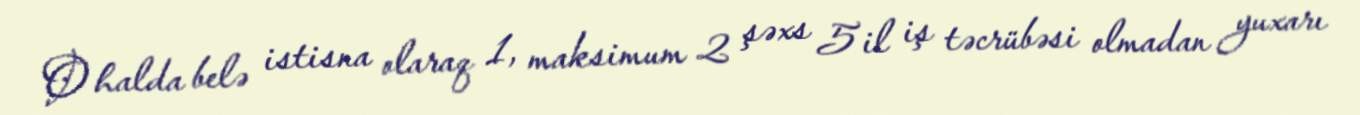
O halda belə istisna olaraq 1, maksimum 2 şəxs 5 il iş təcrübəsi olmadan yuxarı